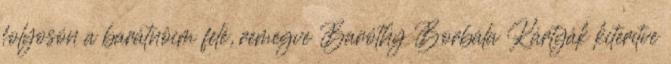
folyosón a barátnôim felé, remegve Baróthy Borbála Kártyák kiterítve